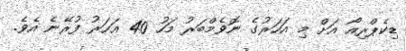
ޑިކެޕްރިއޯ އަށް މި އަހަރުގެ ނޮވެމްބަރު މަހު 40 އަހަރު ފުރޭނެ އެވެ.